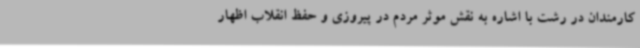
کارمندان در رشت با اشاره به نقش موثر مردم در پیروزی و حفظ انقلاب اظهار